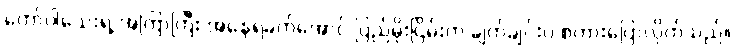
တော်ပါသေးရဲ့ အကြာကြီး အနေရခက်အောင် ပြည်မိုးငြိမ်းက ချက်ချင်းပဲ စကားပြောလိုက်သည်။